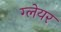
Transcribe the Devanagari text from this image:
ग्‍लेयर